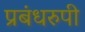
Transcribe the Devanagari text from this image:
प्रबंधरुपी